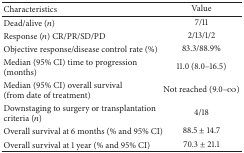
<table><thead><tr><td><b>Characteristics</b></td><td><b>Value</b></td></tr></thead><tbody><tr><td>Dead/alive (<i>n</i>)</td><td> 7/11</td></tr><tr><td>Response (<i>n</i>) CR/PR/SD/PD</td><td>2/13/1/2 </td></tr><tr><td>Objective response/disease control rate (%)</td><td>83.3/88.9%</td></tr><tr><td>Median (95% CI) time to progression (months)</td><td>11.0 (8.0–16.5)</td></tr><tr><td>Median (95% CI) overall survival (from date of treatment) </td><td>Not reached (9.0–∞)</td></tr><tr><td>Downstaging to surgery or transplantation criteria (<i>n</i>) </td><td> 4/18</td></tr><tr><td>Overall survival at 6 months (% and 95% CI)</td><td> 88.5 ± 14.7</td></tr><tr><td>Overall survival at 1 year (% and 95% CI)</td><td> 70.3 ± 21.1</td></tr></tbody></table>